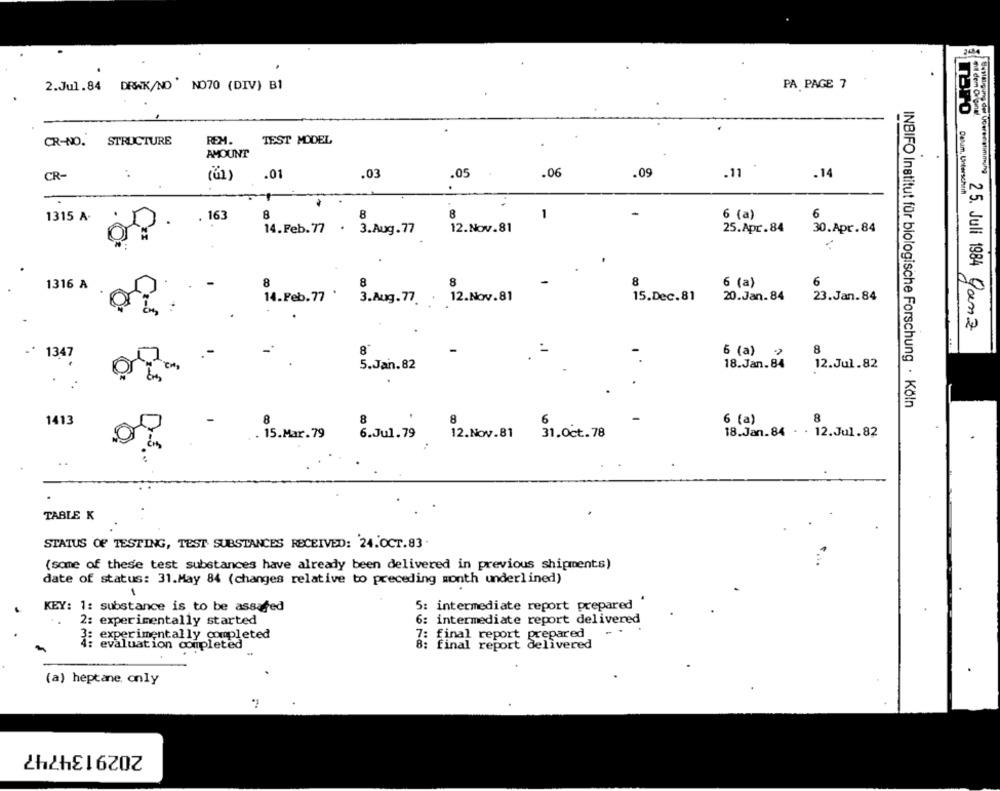
2.Jul.84 DRAK/NO NO70 (DIV) B1
PA PAGE 7
Til dem Original
Toro
CR-NO.
STRUCTURE
REM.
TEST MODEL
AMOUNT
:
.03
.05
.06
.09
.11
.14
Bastaigung del UGereestimmung
CR-
.01
Detum, Unterschar
8
8
6 (a)
6
1315 A.
163
12.Nov.81
25.Apr.84
30.Apr.84
4.Feb.7 .
1316 A
8
8
8
8
6 (a)
6
14. Feb. 77
3.Aug. 77
12.Nov.81
15.Dec.81
20.Jan.84
23.Jan.84
25. Juli 1984 ganz
1347
8
6 (a)
8
18.Jan.84
12.Jul.82
5 . Jan . 82
INBIFO Institut für biologische Forschung · Köln
8
1413
8
6 (a)
18.Jan.84 · · 12.Jul.82
.15 . Mar. 79
6.Jul.79 12. Nov.81 31.Oct. 78
D-3.
TABLE K
STATUS OF TESTING, TEST SUBSTANCES RECEIVED: 24.OCT.83.
(some of these test substances have already been delivered in previous shipments)
date of status: 31.May 84 (changes relative to preceding month underlined)
KEY: 1: substance is to be assafed
5: intermediate report prepared "
2: experimentally started
6: intermediate report delivered
7: final report prepared
: experimentally completed
evaluation completed
8: final report delivered
(a) heptane only
2029134747